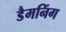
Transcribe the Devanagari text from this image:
डैमनिंग